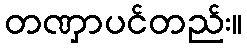
တဏှာပင်တည်း။